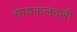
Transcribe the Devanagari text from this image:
सायकलवारी